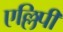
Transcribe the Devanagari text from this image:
एल्लिपी